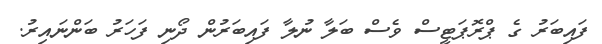
ފައިބަރު ގެ ޕްރޮޕަޓީސް ވެސް ބަލާ ނުލާ ފައިބަރުން ދޯނި ފަހަރު ބަންނައިރު.